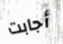
أجابت